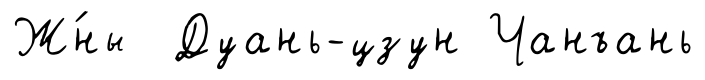
Ж́ны Дуань-цзун Чанъань